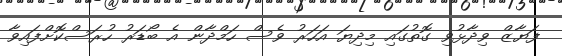
ފަޔާޒް ވިދާޅުވި ގޮތުގައި މިދިޔަ އަހަރު ވެސް ހަމްދާން އެ ބޯޑަރު ހުރަސްކޮށްފައިވާ